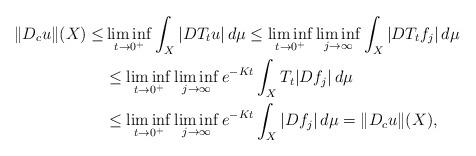
LaTeX: \begin{align*}\|D_c u\|(X)\leq &\liminf_{t\to 0^+} \int_X |DT_t u|\,d\mu \leq\liminf_{t\to 0^+}\liminf_{j\to\infty} \int_X |DT_t f_j|\,d\mu \\&\leq\liminf_{t\to 0^+}\liminf_{j\to\infty} e^{-Kt} \int_X T_t |Df_j|\,d\mu \\&\leq\liminf_{t\to 0^+}\liminf_{j\to\infty} e^{-Kt} \int_X |Df_j|\,d\mu = \|D_c u\|(X),\end{align*}